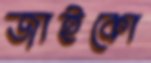
জাইকো